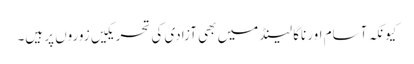
کیونکہ آسام اور ناگا لینڈ میں بھی آزادی کی تحریکیں زوروں پر ہیں۔